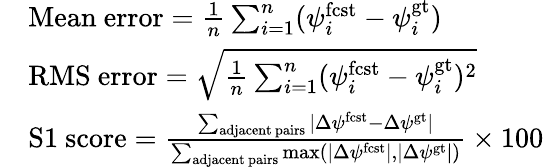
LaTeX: \begin{array}{rl}&{\mathrm{Mean\ error}=\frac{1}{n}\sum_{i=1}^{n}(\psi_{i}^{\mathrm{fcst}}-\psi_{i}^{\mathrm{gt}})}\\ &{\mathrm{RMS\ error}=\sqrt{\frac{1}{n}\sum_{i=1}^{n}(\psi_{i}^{\mathrm{fcst}}-\psi_{i}^{\mathrm{gt}})^{2}}}\\ &{\mathrm{S1\ score}=\frac{\sum_{\mathrm{adjacent\ pairs}}|\Delta\psi^{\mathrm{fcst}}-\Delta\psi^{\mathrm{gt}}|}{\sum_{\mathrm{adjacent\ pairs}}\operatorname*{max}(|\Delta\psi^{\mathrm{fcst}}|,|\Delta\psi^{\mathrm{gt}}|)}\times 100}\end{array}